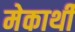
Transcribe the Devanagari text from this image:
मेकार्थी